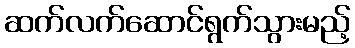
ဆက်လက်ဆောင်ရွက်သွားမည့်